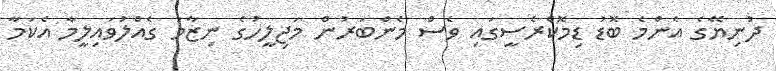
ދުނިޔޭގެ އެންމެ ބޮޑު ޑިމޮކްރެސީގައި ވެސް މެންބަރުން މަޖިލީހުގެ ނިޒާމު ގެއްލުވައިލީމާ އެކަމާ